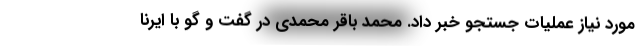
مورد نیاز عملیات جستجو خبر داد. محمد باقر محمدی در گفت و گو با ایرنا